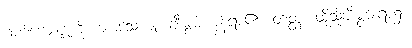
ဂုဏ်ကျေးဇူးကို။ ဘာသေယျုံ၊ ချီးမွမ်းကုန်ရာ၏။ တတ္ထ၊ ထိုသို့ချီးမွမ်းရာ၌။